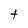
Character: t